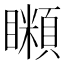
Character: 𥌨